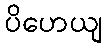
ပိဟေယျ